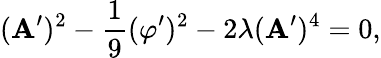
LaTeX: (\mathbf{A}^{\prime})^{2}-\frac{{1}}{{9}}(\varphi^{\prime})^{2}-2\lambda(\mathbf{A}^{\prime})^{4}=0,